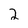
Character: 2